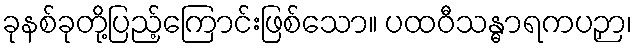
ခုနစ်ခုတို့ပြည့်ကြောင်းဖြစ်သော။ ပထဝီသန္ဓာရကပဉှာ၊